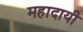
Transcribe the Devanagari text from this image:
महादायी